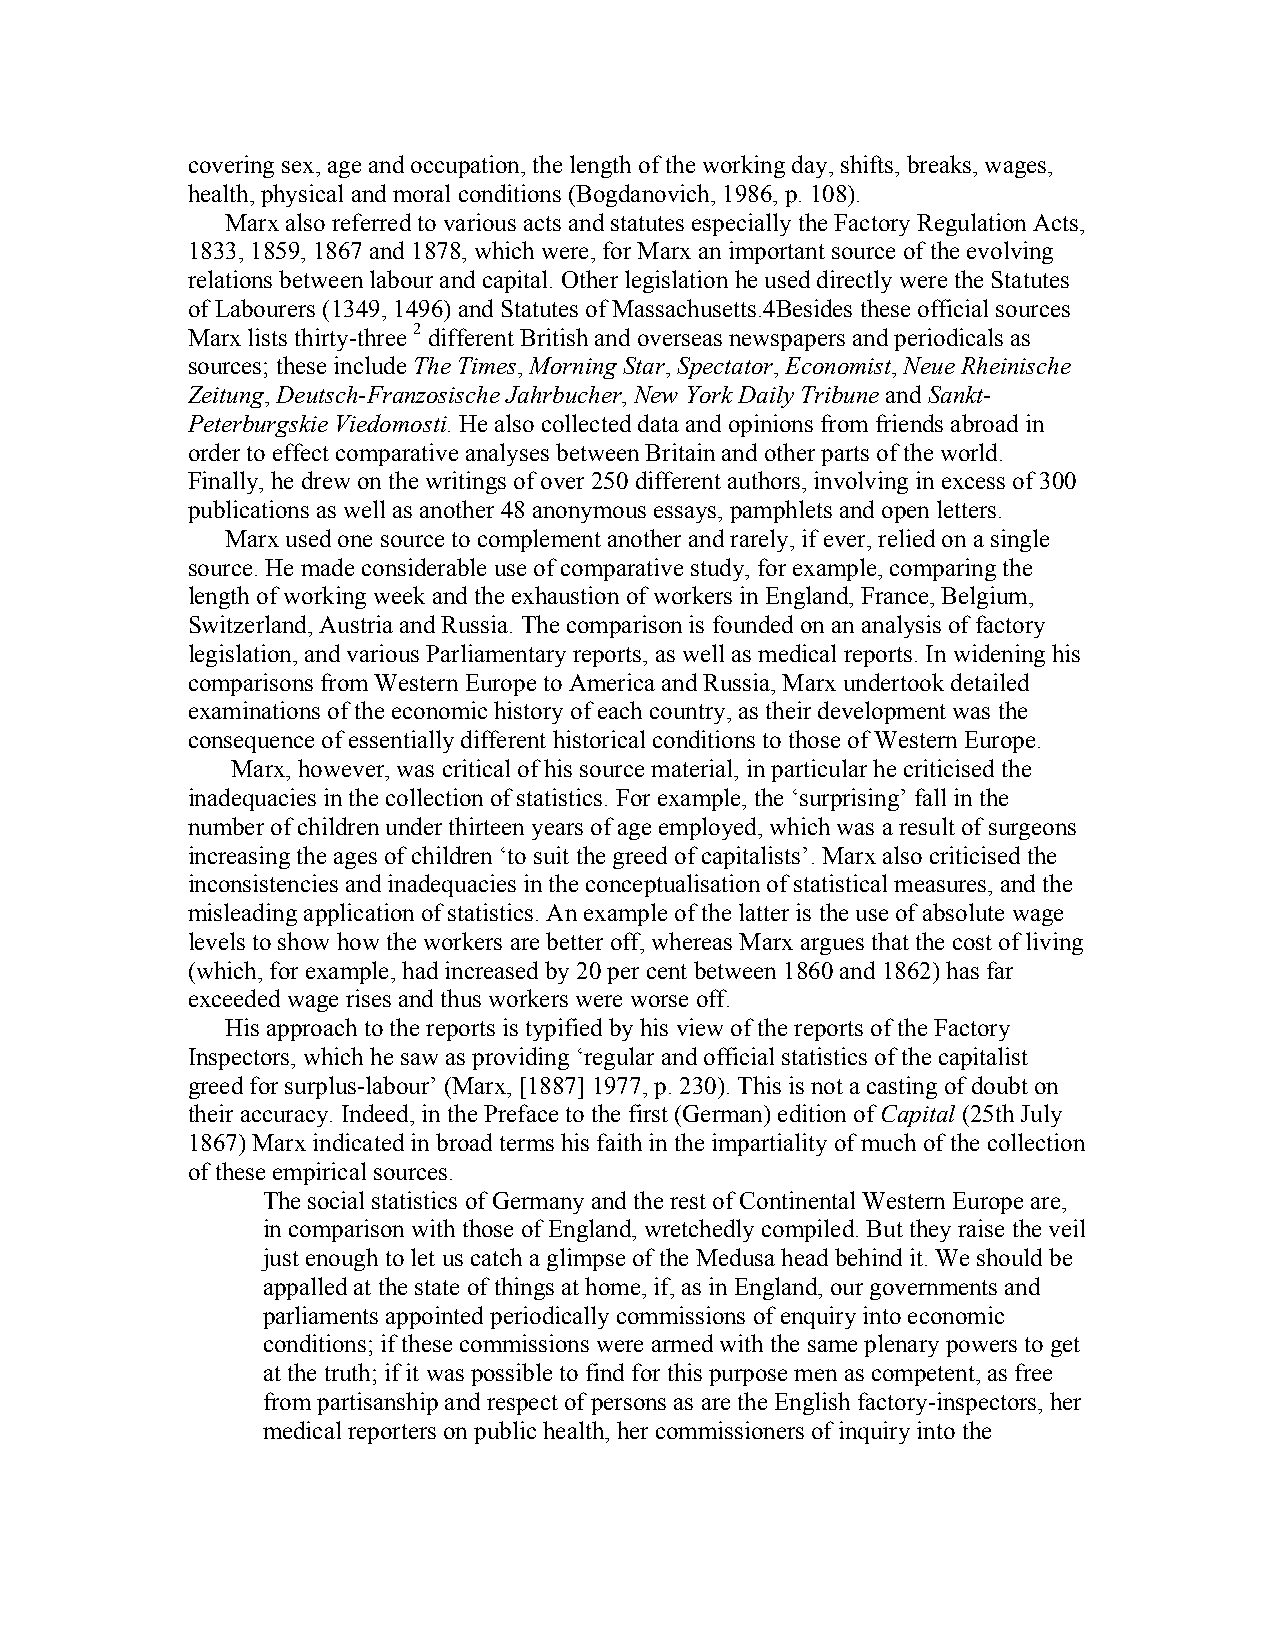
covering sex, age and occupation, the length of the working day, shifts, breaks, wages,
 health, physical and moral conditions (Bogdanovich, 1986, p. 108).
 Marx also referred to various acts and statutes especially the Factory Regulation Acts,
 1833, 1859, 1867 and 1878, which were, for Marx an important source of the evolving
 relations between labour and capital. Other legislation he used directly were the Statutes
 of Labourers (1349, 1496) and Statutes of Massachusetts.4Besides these official sources
 Marx lists thirty-three 2 different British and overseas newspapers and periodicals as
 sources; these include The Times, Morning Star, Spectator, Economist, Neue Rheinische
 Zeitung, Deutsch-Franzosische Jahrbucher, New York Daily Tribune and Sankt-
 Peterburgskie Viedomosti. He also collected data and opinions from friends abroad in
 order to effect comparative analyses between Britain and other parts of the world.
 Finally, he drew on the writings of over 250 different authors, involving in excess of 300
 publications as well as another 48 anonymous essays, pamphlets and open letters.
 Marx used one source to complement another and rarely, if ever, relied on a single
 source. He made considerable use of comparative study, for example, comparing the
 length of working week and the exhaustion of workers in England, France, Belgium,
 Switzerland, Austria and Russia. The comparison is founded on an analysis of factory
 legislation, and various Parliamentary reports, as well as medical reports. In widening his
 comparisons from Western Europe to America and Russia, Marx undertook detailed
 examinations of the economic history of each country, as their development was the
 consequence of essentially different historical conditions to those of Western Europe.
 Marx, however, was critical of his source material, in particular he criticised the
 inadequacies in the collection of statistics. For example, the ‘surprising’ fall in the
 number of children under thirteen years of age employed, which was a result of surgeons
 increasing the ages of children ‘to suit the greed of capitalists’. Marx also criticised the
 inconsistencies and inadequacies in the conceptualisation of statistical measures, and the
 misleading application of statistics. An example of the latter is the use of absolute wage
 levels to show how the workers are better off, whereas Marx argues that the cost of living
 (which, for example, had increased by 20 per cent between 1860 and 1862) has far
 exceeded wage rises and thus workers were worse off.
 His approach to the reports is typified by his view of the reports of the Factory
 Inspectors, which he saw as providing ‘regular and official statistics of the capitalist
 greed for surplus-labour’ (Marx, [1887] 1977, p. 230). This is not a casting of doubt on
 their accuracy. Indeed, in the Preface to the first (German) edition of Capital (25th July
 1867) Marx indicated in broad terms his faith in the impartiality of much of the collection
 of these empirical sources.
 The social statistics of Germany and the rest of Continental Western Europe are,
 in comparison with those of England, wretchedly compiled. But they raise the veil
 just enough to let us catch a glimpse of the Medusa head behind it. We should be
 appalled at the state of things at home, if, as in England, our governments and
 parliaments appointed periodically commissions of enquiry into economic
 conditions; if these commissions were armed with the same plenary powers to get
 at the truth; if it was possible to find for this purpose men as competent, as free
 from partisanship and respect of persons as are the English factory-inspectors, her
 medical reporters on public health, her commissioners of inquiry into the